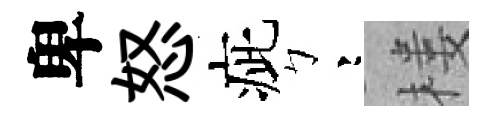
卑怒疵彎楼